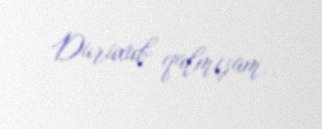
Duruxub qalmışam..